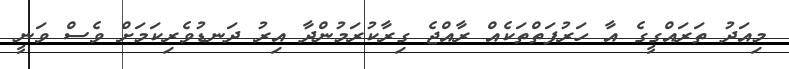
މިއަދު ތަރައްގީގެ އާ ހަރުފަތްތަކެއް ރާއްޖެ ގިރާކުރަމުންދާ އިރު ދަނޑުވެރިކަމަށް ވެސް ވަނީ